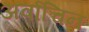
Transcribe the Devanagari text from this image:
अर्वाचिन